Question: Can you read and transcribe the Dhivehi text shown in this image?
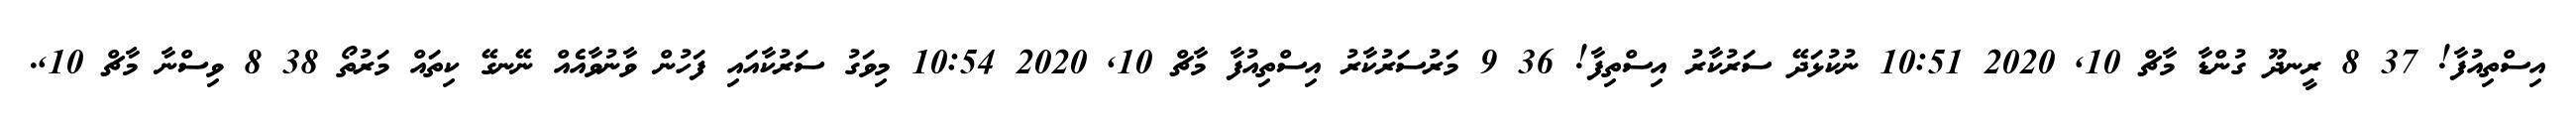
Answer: އިސްތިއުފާ! 37 8 ރީނދޫ ގުންޑާ މާޗް 10, 2020 10:51 ނުކުޅަދޭ ސަރުކާރު އިސްތިފާ! 36 9 މަރުސަރުކާރު އިސްތިއުފާ މާޗް 10, 2020 10:54 މިވަގު ސަރުކާއައި ފަހުން ވާނުވާއެއް ނޭނގޭ ކިތައް މަރުތޯ 38 8 ވިސްނާ މާޗް 10,.